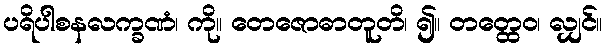
ပရိပါစနလက္ခဏံ၊ ကို။ တေဇောဓာတူတိ၊ ၍။ တတ္ထေဝ၊ လျှင်။